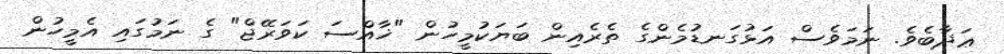
ޢަޛާބެވެ. ނަމަވެސް އަޅުގަނޑުމެންގެ ތެރެއިން ބަޔަކުމީހުން "ޚާއްސަ ކަވަރޭޖް" ގެ ނަމުގައި އެމީހުން